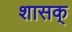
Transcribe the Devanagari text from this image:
शासक्